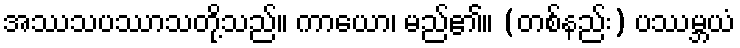
အဿသပဿာသတို့သည်။ ကာယော၊ မည်၏။ (တစ်နည်း) ပဿမ္ဘယံ